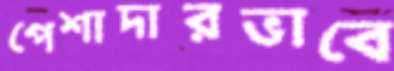
পেশাদারভাবে